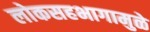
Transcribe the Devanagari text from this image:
लोकसहभागामुळे